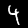
Label: 4